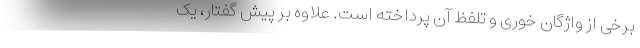
برخی از واژگان خوری و تلفظ آن پرداخته است. علاوه بر پیش گفتار، یک